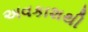
અવકાશથી